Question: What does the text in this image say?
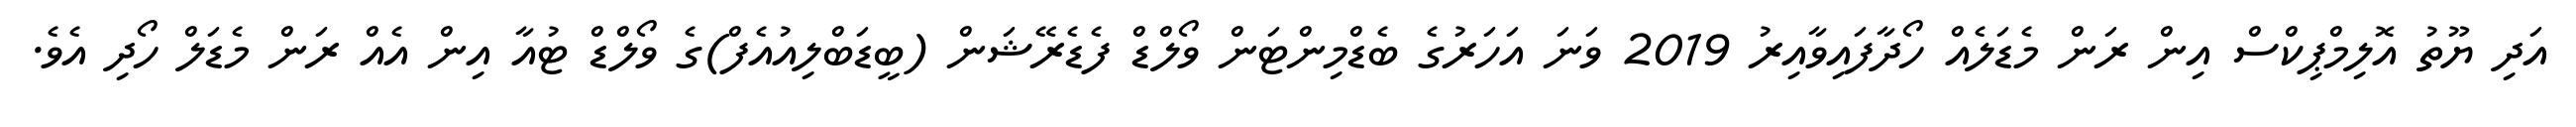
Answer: އަދި ޔޫތު އޮލިމްޕިކްސް އިން ރަން މެޑަލެއް ހޯދާފައިވާއިރު 2019 ވަނަ އަހަރުގެ ބެޑްމިންޓަން ވޯލްޑް ފެޑެރޭޝަން (ބީޑަބްލިއުއެފް)ގެ ވޯލްޑް ޓުއާ އިން އެއް ރަން މެޑަލް ހޯދި އެވެ.